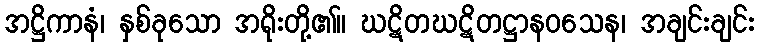
အဋ္ဌိကာနံ၊ နှစ်ခုသော အရိုးတို့၏။ ဃဋိတဃဋိတဋ္ဌာနဝသေန၊ အချင်းချင်း